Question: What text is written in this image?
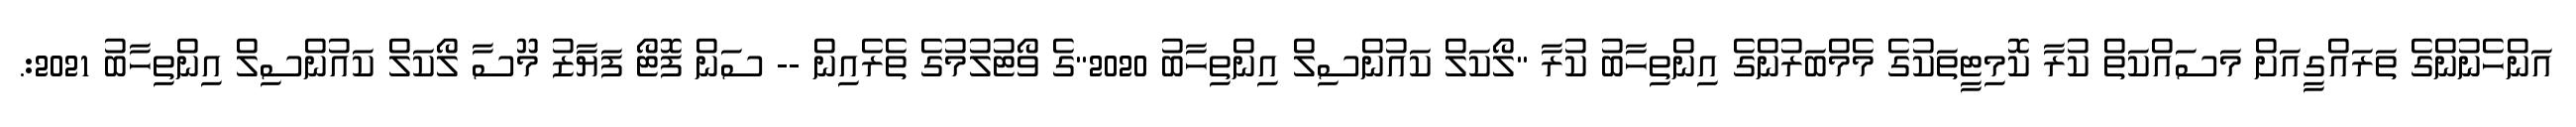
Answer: އަންހެނުންގެ ތަރައްގީއަށް މަސައްކަތް ކުރާ ކޮމިޓީތަކުގެ މެމްބަރުންގެ އިންތިހާބު ކުރާ "ލޯކަލް ކައުންސިލް އިންތިހާބު 2020"ގެ ވޯޓުލުމުގެ ތެރެއިން -- ސަން ފޮޓޯ ފަޔާޒު މޫސާ ލޯކަލް ކައުންސިލް އިންތިހާބު 2021:.